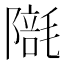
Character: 𣯱